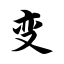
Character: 变